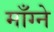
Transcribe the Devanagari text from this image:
माँग्ने